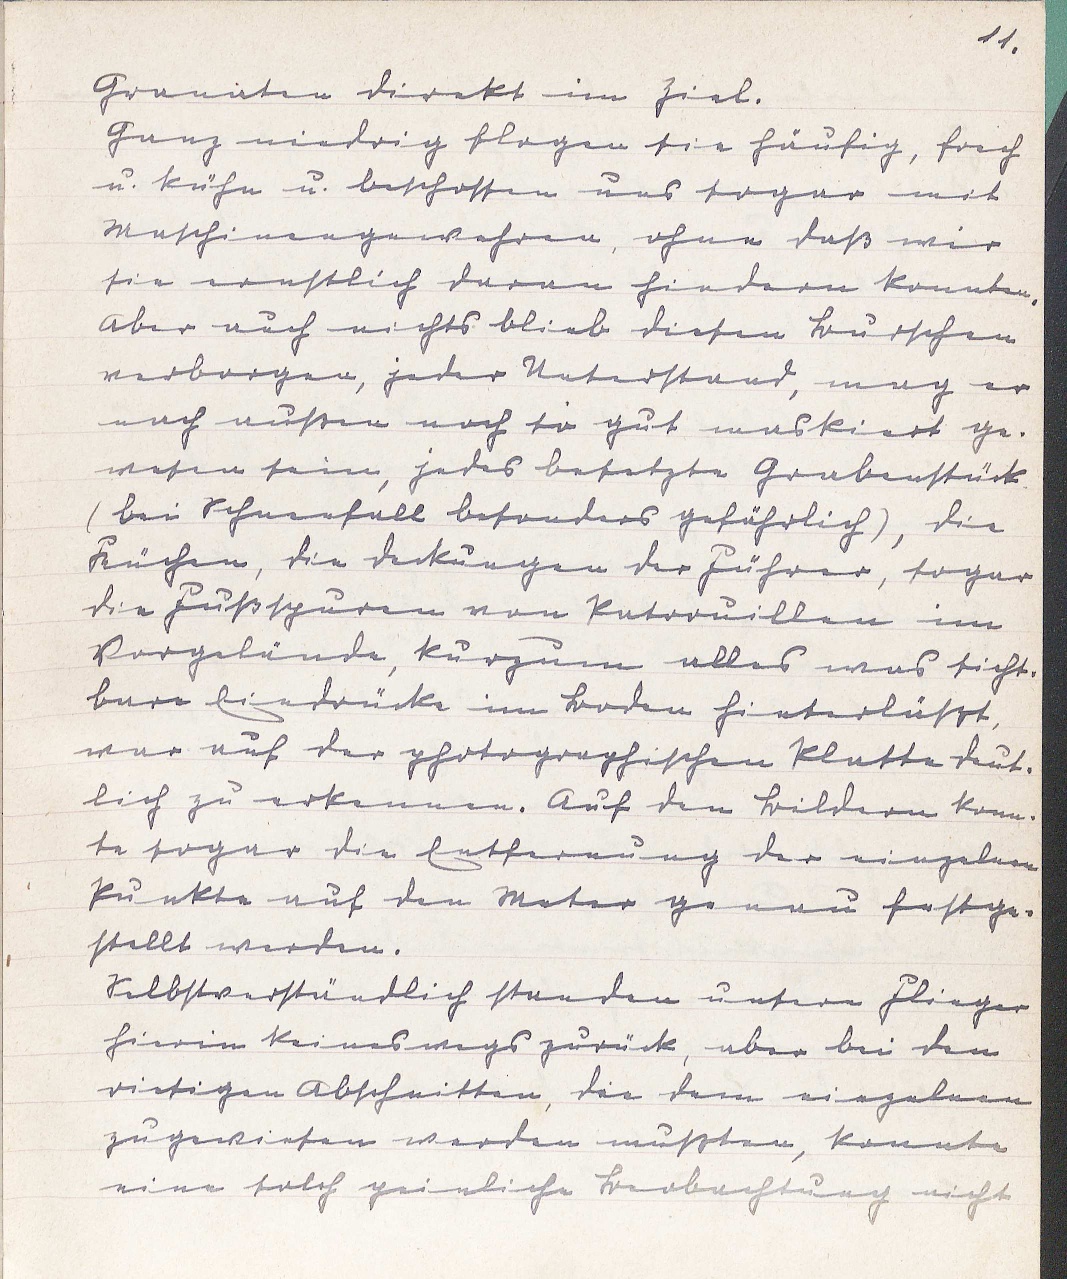
11.
Granaten direkt im Ziel.
Ganz niedrig flogen sie häufig, frech
u. kühn u. beschossen uns sogar mit
Maschinengewehren, ohne daß wir
sie ernstlich daran hindern konnten.
Aber auch nichts blieb diesen Burschen
verborgen, jeder Unterstand, mag er
nach außen noch so gut maskiert ge¬
wesen sein, jedes besetzte Grabenstück
(bei Scheefall besonders gefährlich), die
Küchen, die Deckungen der Führer, sogar
die Fußspuren von Patrouillen im
Vorgelände, kurzum alles was sicht¬
bare Eindrücke im Boden hinterläßt,
war auf der photographischen Platte deut¬
lich zu erkennen. Auf den Bildern konn¬
te sogar die Entfernung der einzelnen
Punkte auf den Meter genau festge¬
stellt werden.
Selbstverständlich standen unsere Flieger
hierin keineswegs zurück, aber bei den
riesigen Abschnitten, die dem einzelnen
zugewiesen werden mußten, konnte
eine solch peinliche Beobachtung nicht